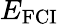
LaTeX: E_{\mathrm{FCI}}